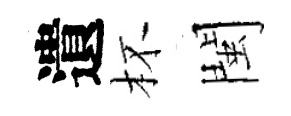
遺杯閩